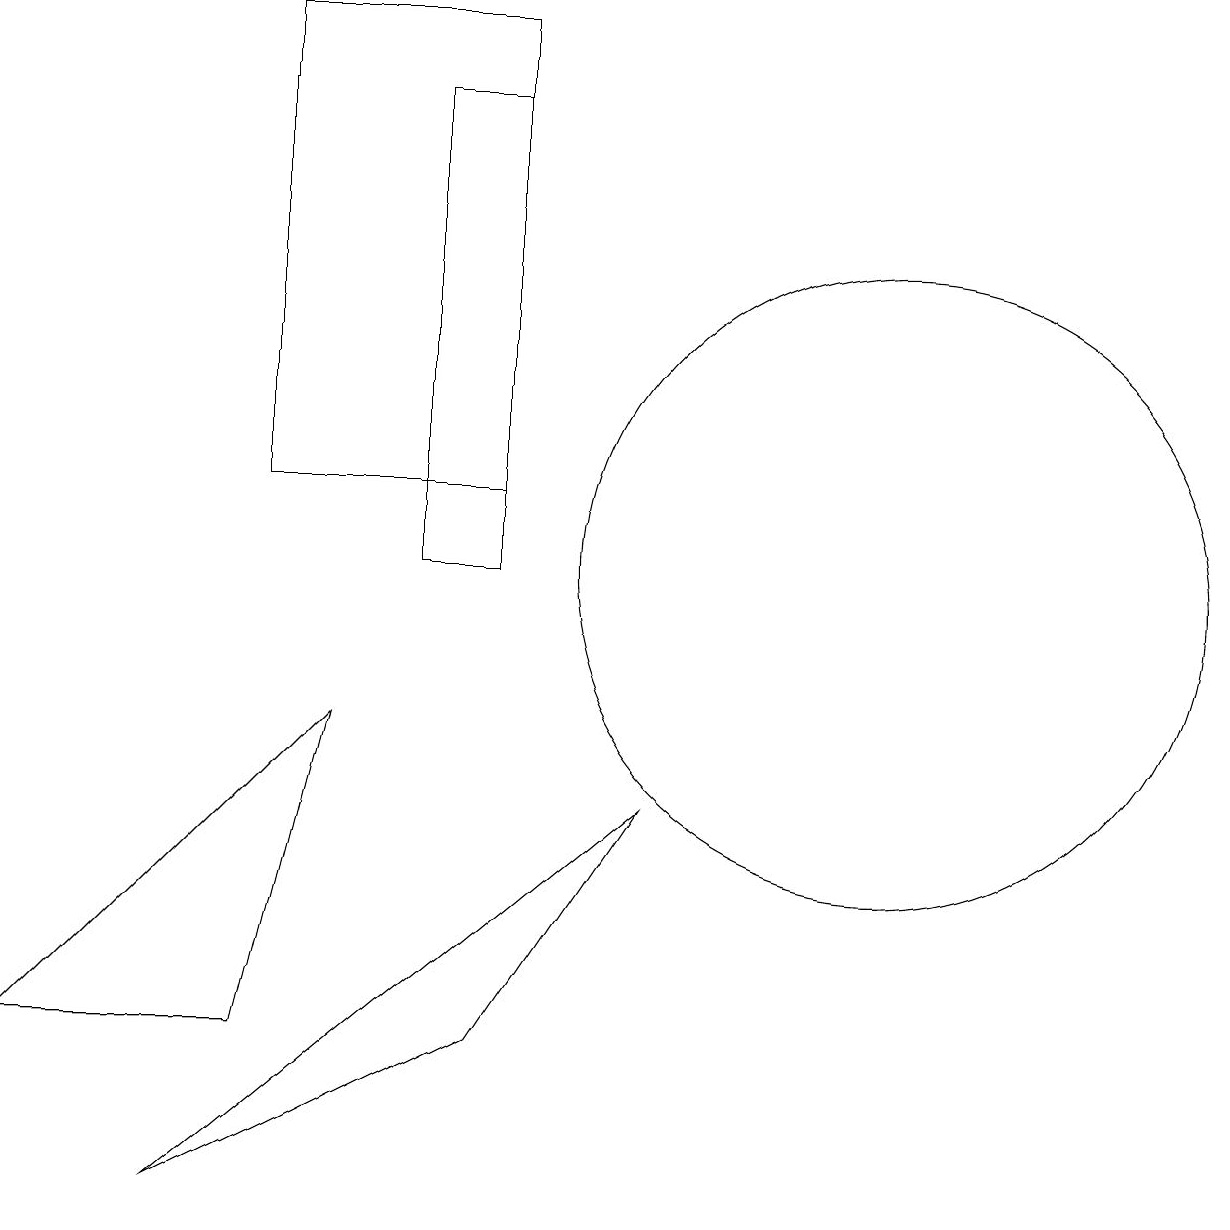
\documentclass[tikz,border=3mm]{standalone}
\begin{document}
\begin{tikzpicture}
\draw (4,5) -- (5,9) -- (1,5) -- cycle;
\draw (7,12) rectangle (4,18);
\draw (9,8) -- (3,3) -- (7,5) -- cycle;
\draw (7,11) rectangle (6,17);
\draw (12,11) circle (4);
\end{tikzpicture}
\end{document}